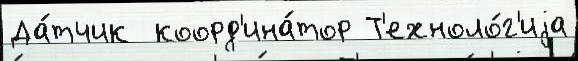
Да́тчик  коорд'ина́тор Т'ехноло́г'иjа